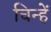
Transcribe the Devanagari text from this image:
चिन्हें